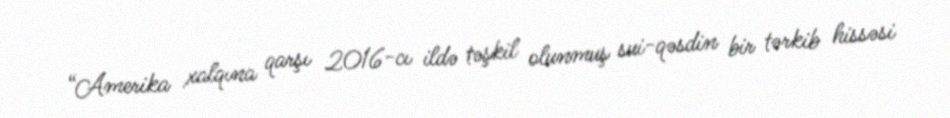
“Amerika xalqına qarşı 2016-cı ildə təşkil olunmuş sui-qəsdin bir tərkib hissəsi